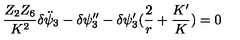
{ \frac { Z _ { 2 } Z _ { 6 } } { K ^ { 2 } } } \delta \ddot { \psi } _ { 3 } - \delta \psi _ { 3 } ^ { \prime \prime } - \delta \psi _ { 3 } ^ { \prime } ( { \frac { 2 } { r } } + { \frac { K ^ { \prime } } { K } } ) = 0